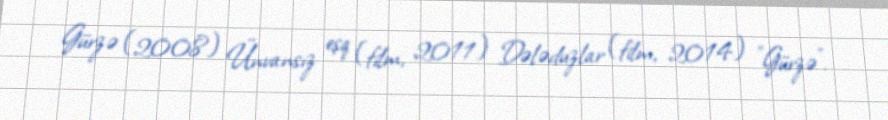
Gürzə (2008) Ünvansız eşq (film, 2011) Dələduzlar (film, 2014) "Gürzə".